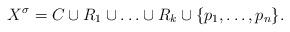
LaTeX: \begin{align*}X^\sigma=C\cup R_1\cup\ldots\cup R_k\cup \{p_1,\ldots,p_n\}.\end{align*}